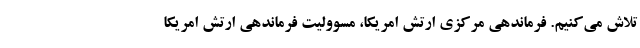
تلاش می‌کنیم. فرماندهی مرکزی ارتش امریکا، مسوولیت فرماندهی ارتش امریکا